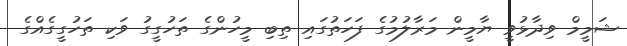
ޝަމީމް ވިދާޅުވީ ޔާމީން މަރާލުމުގެ ފަހަތުގައި ތިބި މީހުންގެ ތަހުގީގު ވަކި ތަހުގީގެއްގެ